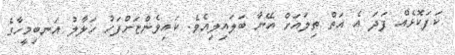
ކަފަކޮޅެއް ފަދަ އެ އަތް ތިލައަށް އޭނާ ބަލައިލިއެވެ. ކައިވެންޏަށްފަހު ހަލާލު އަނބިމީހާގެ